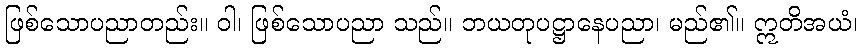
ဖြစ်သောပညာတည်း။ ဝါ၊ ဖြစ်သောပညာ သည်။ ဘယတုပဋ္ဌာနေပညာ၊ မည်၏။ ဣတိအယံ၊